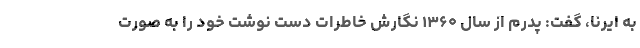
به ایرنا، گفت: پدرم از سال ۱۳۶۰ نگارش خاطرات دست نوشت خود را به صورت